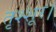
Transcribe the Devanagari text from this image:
तृश्शूर।